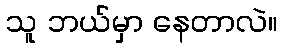
သူ ဘယ်မှာ နေတာလဲ။